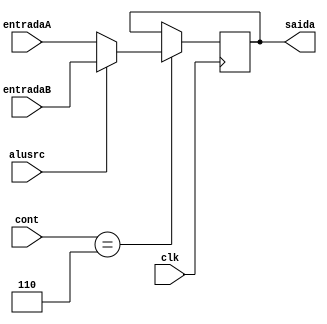
module multiplex_alusrc (clk, entradaA, entradaB, alusrc, saida, cont);
	input wire [31:0] entradaA;
	input wire [31:0] entradaB;
	input wire alusrc;
	input wire clk;
	input wire [3:0] cont;
	output reg [31:0] saida;

	always @(negedge clk) begin
		if (cont == 6) begin
			if(alusrc==0) begin
				saida <= entradaA;
			end else begin
				saida <= entradaB;
			end
		end
	end
endmodule